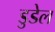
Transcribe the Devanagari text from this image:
डुडेल